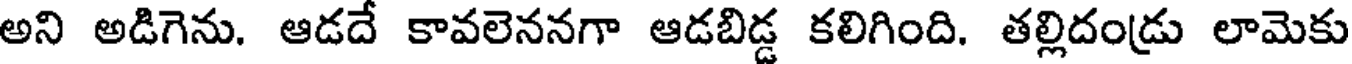
అని అడిగెను. ఆడదే కావలెననగా ఆడబిడ్డ కలిగింది. తల్లిదండ్రు లామెకు